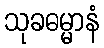
သုခဓမ္မာနံ